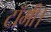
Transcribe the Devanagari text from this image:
टॉमी।